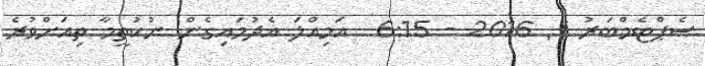
ސެޕްޓެމްބަރު 1